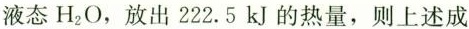
液态H_{2}O，放出222.5kJ的热量，则上述成